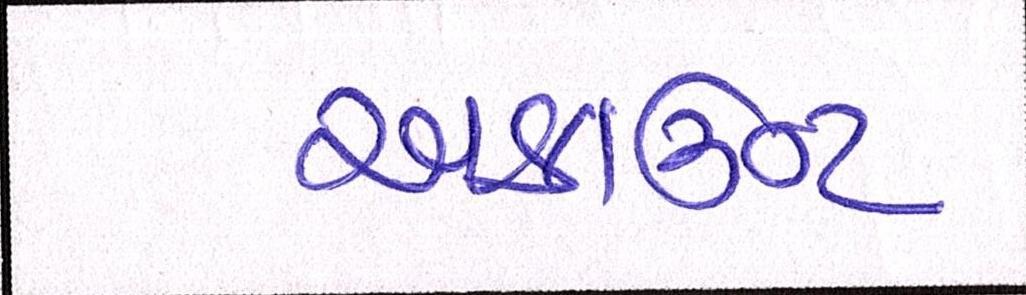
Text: અકાઉન્ટ